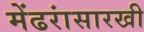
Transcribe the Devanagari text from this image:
मेंढरांसारखी